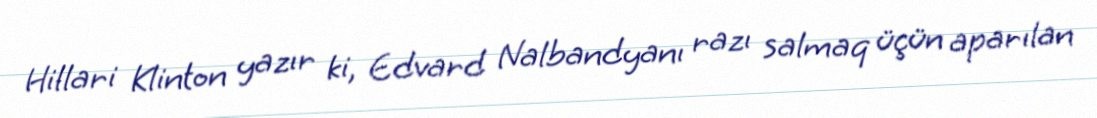
Hillari Klinton yazır ki, Edvard Nalbandyanı razı salmaq üçün aparılan